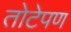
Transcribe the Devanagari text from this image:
तोटेपण